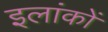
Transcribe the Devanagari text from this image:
इलांकों